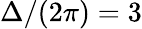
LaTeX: \Delta/(2\pi)=3